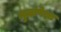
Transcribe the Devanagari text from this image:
मुळांपेक्षा